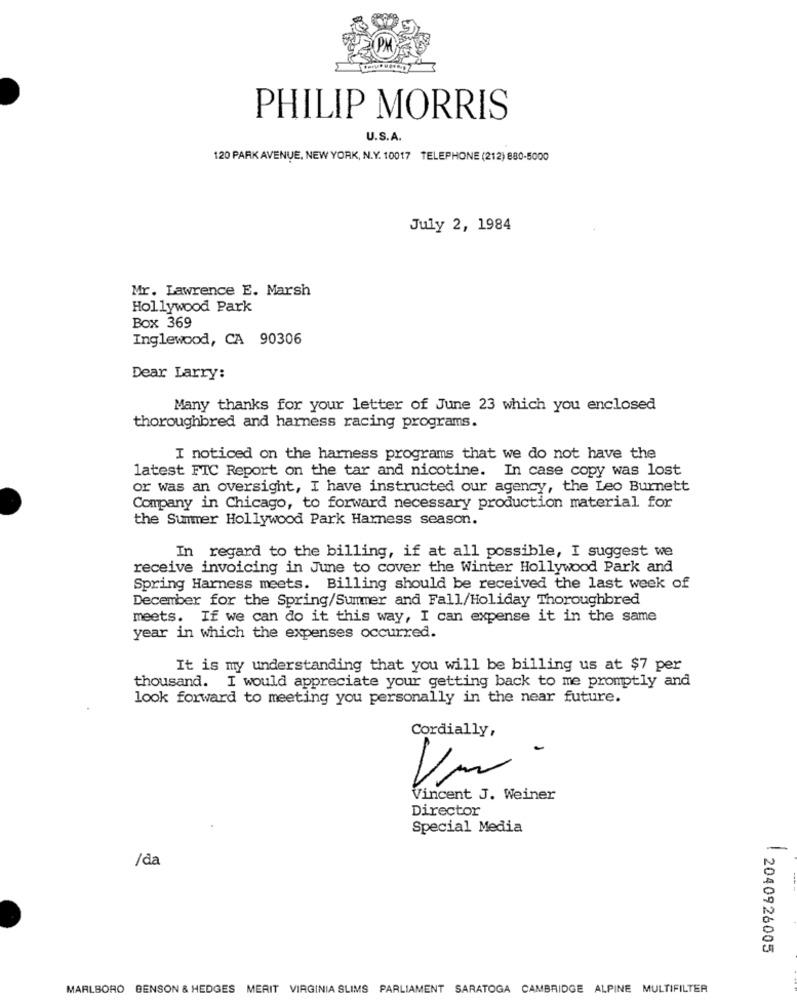
PHILIP MORRIS
U.S.A.
120 PARK AVENUE, NEW YORK, N.Y. 10017 TELEPHONE (212) 880-5000
July 2, 1984
Mr. Lawrence E. Marsh
Hollywood Park
Box 369
Inglewood, CA 90306
Dear Larry:
Many thanks for your letter of June 23 which you enclosed
thoroughbred and harness racing programs.
I noticed on the harness programs that we do not have the
latest FIC Report on the tar and nicotine. In case copy was lost
or was an oversight, I have instructed our agency, the Leo Burnett
Company in Chicago, to forward necessary production material for
the Summer Hollywood Park Harness season.
In regard to the billing, if at all possible, I suggest we
receive invoicing in June to cover the Winter Hollywood Park and
Spring Harness meets. Billing should be received the last week of
December for the Spring/Summer and Fall/Holiday Thoroughbred
meets. If we can do it this way, I can expense it in the same
year in which the expenses occurred.
It is my understanding that you will be billing us at $7 per
thousand. I would appreciate your getting back to me promptly and
look forward to meeting you personally in the near future.
Cordially,
Um-
Vincent J. Weiner
Director
Special Media
/da
2040926005
MARLBORO BENSON & HEDGES MERIT VIRGINIA SLIMS PARLIAMENT SARATOGA CAMBRIDGE ALPINE MULTIFILTER